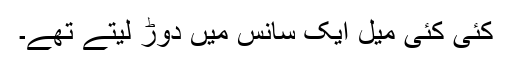
کئی کئی میل ایک سانس میں دوڑ لیتے تھے۔